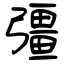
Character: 彊